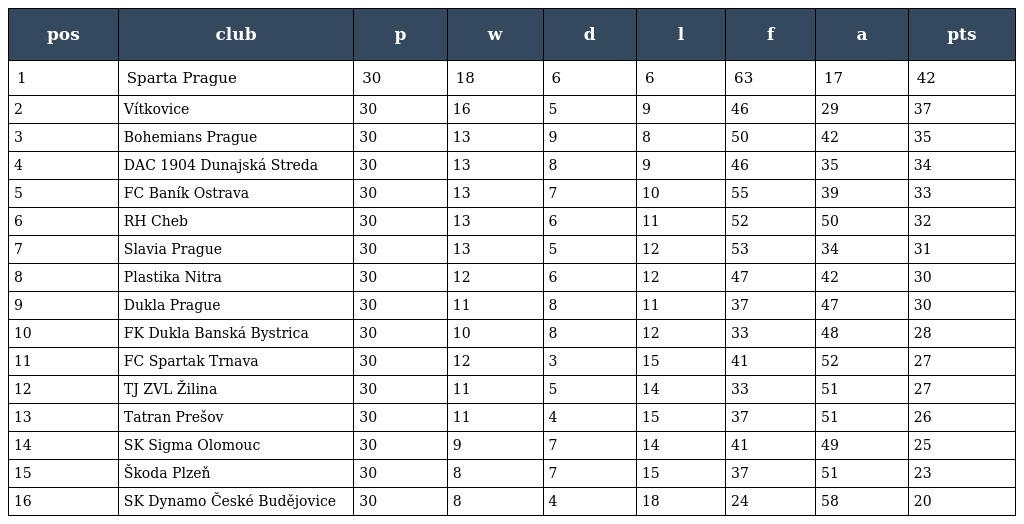
| pos | club | p | w | d | l | f | a | pts |
 | --- | --- | --- | --- | --- | --- | --- | --- | --- |
 | 1 | Sparta Prague | 30 | 18 | 6 | 6 | 63 | 17 | 42 |
 | 2 | Vítkovice | 30 | 16 | 5 | 9 | 46 | 29 | 37 |
 | 3 | Bohemians Prague | 30 | 13 | 9 | 8 | 50 | 42 | 35 |
 | 4 | DAC 1904 Dunajská Streda | 30 | 13 | 8 | 9 | 46 | 35 | 34 |
 | 5 | FC Baník Ostrava | 30 | 13 | 7 | 10 | 55 | 39 | 33 |
 | 6 | RH Cheb | 30 | 13 | 6 | 11 | 52 | 50 | 32 |
 | 7 | Slavia Prague | 30 | 13 | 5 | 12 | 53 | 34 | 31 |
 | 8 | Plastika Nitra | 30 | 12 | 6 | 12 | 47 | 42 | 30 |
 | 9 | Dukla Prague | 30 | 11 | 8 | 11 | 37 | 47 | 30 |
 | 10 | FK Dukla Banská Bystrica | 30 | 10 | 8 | 12 | 33 | 48 | 28 |
 | 11 | FC Spartak Trnava | 30 | 12 | 3 | 15 | 41 | 52 | 27 |
 | 12 | TJ ZVL Žilina | 30 | 11 | 5 | 14 | 33 | 51 | 27 |
 | 13 | Tatran Prešov | 30 | 11 | 4 | 15 | 37 | 51 | 26 |
 | 14 | SK Sigma Olomouc | 30 | 9 | 7 | 14 | 41 | 49 | 25 |
 | 15 | Škoda Plzeň | 30 | 8 | 7 | 15 | 37 | 51 | 23 |
 | 16 | SK Dynamo České Budějovice | 30 | 8 | 4 | 18 | 24 | 58 | 20 |